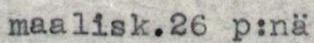
maalisk.26 p:nä